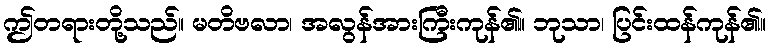
ဤတရားတို့သည်။ မတိဗလာ၊ အလွန်အားကြီးကုန်၏။ ဘုသာ၊ ပြင်းထန်ကုန်၏။